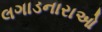
લગાડનારાઓ